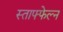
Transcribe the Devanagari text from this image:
स्ताफ्फेल्न